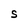
Character: S